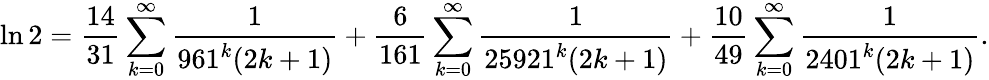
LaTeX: \ln 2={\frac{14}{31}}\sum_{k=0}^{\infty}{\frac{1}{961^{k}(2k+1)}}+{\frac{6}{161}}\sum_{k=0}^{\infty}{\frac{1}{25921^{k}(2k+1)}}+{\frac{10}{49}}\sum_{k=0}^{\infty}{\frac{1}{2401^{k}(2k+1)}}.